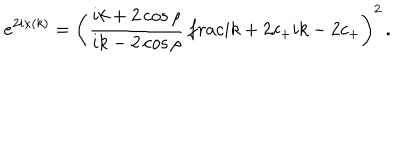
LaTeX: e ^ { 2 i \kappa ( k ) } = \left( \frac { i k + 2 \cos \rho } { i k - 2 \cos \rho } \, \frac { i k + 2 c _ { + } } { i k - 2 c _ { + } } \right) ^ { 2 } \, .